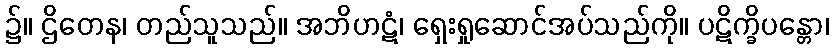
၌။ ဌိတေန၊ တည်သူသည်။ အဘိဟဋံ၊ ရှေးရှုဆောင်အပ်သည်ကို။ ပဋိက္ခိပန္တော၊